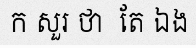
ក សួរ ថា  តែ ឯង